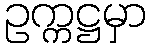
ဥက္ကဋ္ဌမှာ